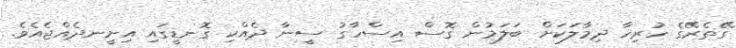
ގޭތެރޭގެ ހުރިހާ ދިމާލަކަށް ބަލަމުން ގޮސް އިސްހާގު ސީނާ ދެއްކި ގޮނޑީގައި އިށީނދެއްޖެއެވެ.